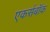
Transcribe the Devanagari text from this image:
एकर्सबॉक